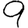
Digit: 9